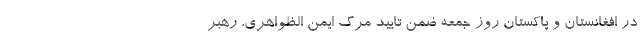
در افغانستان و پاکستان روز جمعه ضمن تایید مرگ ایمن الظواهری، رهبر